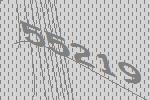
55219